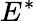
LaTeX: E^{*}